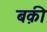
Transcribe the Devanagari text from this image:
बक़ी